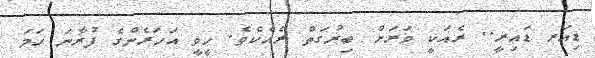
ޑިއަރ ޑައިރީ.. ރެއަކީ ވަރަށް ބިރުގަތް ރެއެކެވެ. ހީވީ އަހަރެންގެ ފުރާނަ ހަމަ